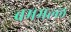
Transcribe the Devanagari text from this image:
बममल्ल